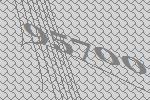
95700